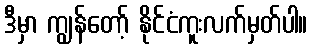
ဒီမှာ ကျွန်တော့် နိုင်ငံကူးလက်မှတ်ပါ။